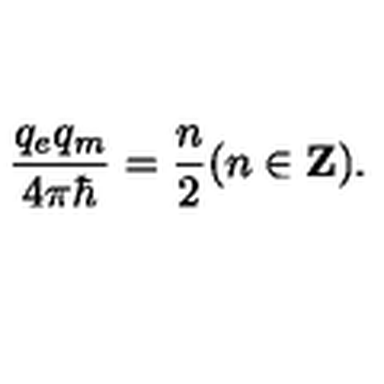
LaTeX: { \frac { q _ { e } q _ { m } } { 4 \pi \hbar } } = { \frac { n } { 2 } } ( n \in { \bf Z } ) .